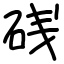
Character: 𥒎